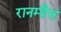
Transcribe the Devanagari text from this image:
रानम्हैस